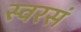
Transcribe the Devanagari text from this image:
स्वरसं